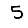
Digit: 5